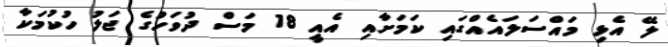
ލޭ އެޅި މައްސަލައެއްގައި ކަމަށާއި އެއީ 18 މަސް ދުވަހުގެ ޖަލު ހުކުމަކާ